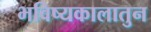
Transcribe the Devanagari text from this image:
भविष्यकालातुन